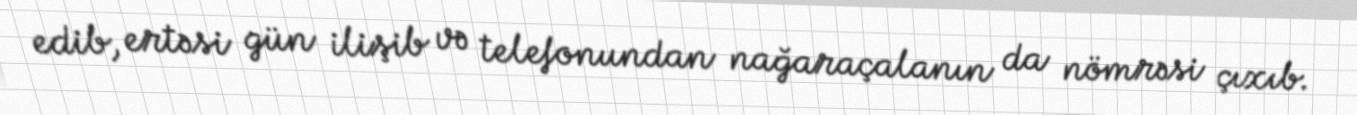
edib, ertəsi gün ilişib və telefonundan nağaraçalanın da nömrəsi çıxıb.